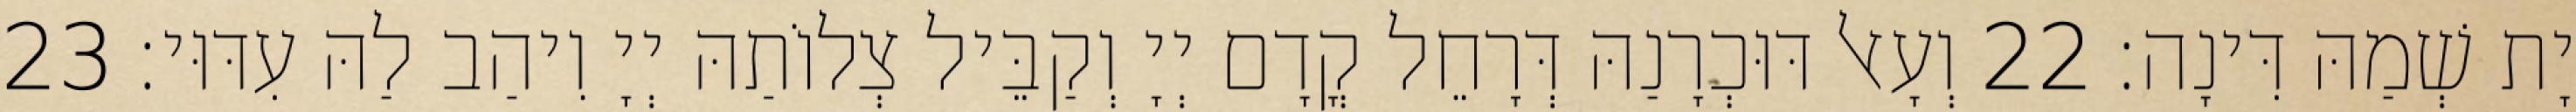
יָת שְׁמַהּ דִּינָה׃ 22 וְעָאל דּוּכְרָנַהּ דְּרָחֵל קֳדָם יְיָ וְקַבֵּיל צְלוֹתַהּ יְיָ וִיהַב לַהּ עִדּוּי׃ 23